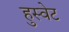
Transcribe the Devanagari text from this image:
हुस्वेट